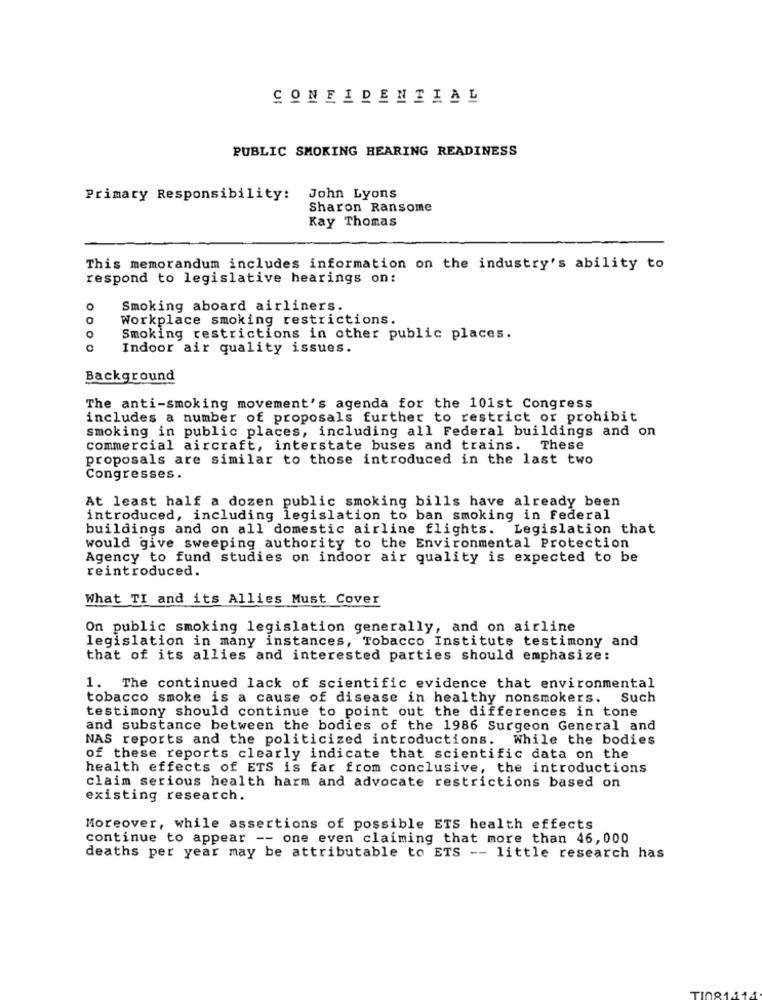
CONFIDENTIAL
PUBLIC SMOKING HEARING READINESS
Primary Responsibility: John Lyons
Sharon Ransome
Kay Thomas
This memorandum includes information on the industry's ability to
respond to legislative hearings on:
o
Smoking aboard airliners.
Workplace smoking restrictions.
Smoking restrictions in other public places.
Indoor air quality issues.
Background
The anti-smoking movement's agenda for the 101st Congress
includes a number of proposals further to restrict or prohibit
smoking in public places, including all Federal buildings and on
commercial aircraft, interstate buses and trains. These
proposals are similar to those introduced in the last two
Congresses.
At least half a dozen public smoking bills have already been
introduced, including legislation to ban smoking in Federal
buildings and on all domestic airline flights. Legislation that
would give sweeping authority to the Environmental Protection
Agency to fund studies on indoor air quality is expected to be
reintroduced.
What TI and its Allies Must Cover
On public smoking legislation generally, and on airline
legislation in many instances, Tobacco Institute testimony and
that of its allies and interested parties should emphasize:
1. The continued lack of scientific evidence that environmental
tobacco smoke is a cause of disease in healthy nonsmokers.
Such
testimony should continue to point out the differences in tone
and substance between the bodies of the 1986 Surgeon General and
NAS reports and the politicized introductions. while the bodies
of these reports clearly indicate that scientific data on the
health effects of ETS is far from conclusive, the introductions
claim serious health harm and advocate restrictions based on
existing research.
Moreover, while assertions of possible ETS health effects
continue to appear -- one even claiming that more than 46,000
deaths per year may be attributable to ETS -- little research has